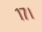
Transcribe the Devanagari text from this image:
१७।